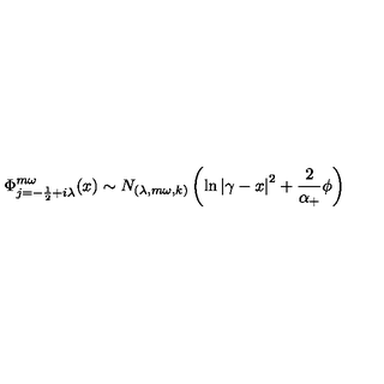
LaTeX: \Phi _ { j = - \frac 1 2 + i \lambda } ^ { m \omega } ( x ) \sim N _ { ( \lambda , m \omega , k ) } \left( \ln \left| \gamma - x \right| ^ { 2 } + \frac 2 { \alpha _ { + } } \phi \right)